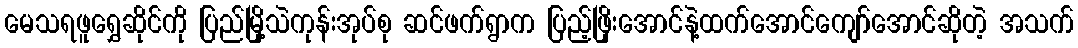
မေသရဖူရွှေဆိုင်ကို ပြည်မြို့သဲကုန်းအုပ်စု ဆင်ဖက်ရွာက ပြည့်ဖြိုးအောင်နဲ့ထက်အောင်ကျော်အောင်ဆိုတဲ့ အသက်